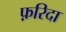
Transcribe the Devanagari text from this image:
फ़रिदा